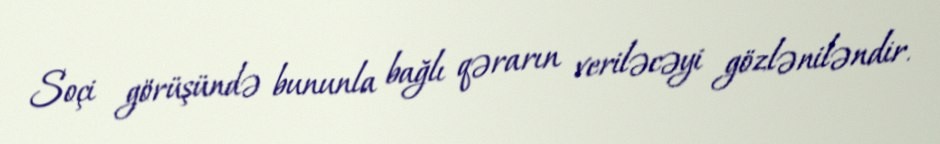
Soçi görüşündə bununla bağlı qərarın veriləcəyi gözləniləndir.